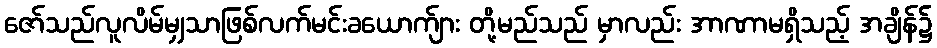
ဇော်သည်လူလိမ်မျှသာဖြစ်လက်မင်းခယောက်ျား တို့မည်သည် မှာလည်း အာဏာမရှိသည့် အချိန်၌